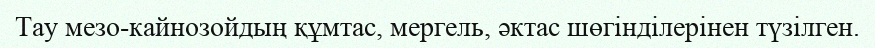
Тау мезо-кайнозойдың құмтас, мергель, әктас шөгінділерінен түзілген.